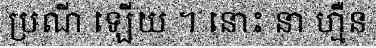
ប្រណី ឡើយ ។ នោះ នា ហ្មឺន